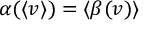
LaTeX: \alpha ( \langle v \rangle ) = \langle \beta ( v ) \rangle